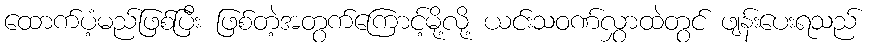
ထောက်ပံ့မည်ဖြစ်ပြီး ဖြစ်တဲ့အတွက်ကြောင့်မို့လို့ ယင်းသဝဏ်လွှာထဲတွင် ဖျန်းပေးရသည်